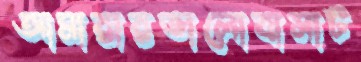
আমারারভালোবাসাট